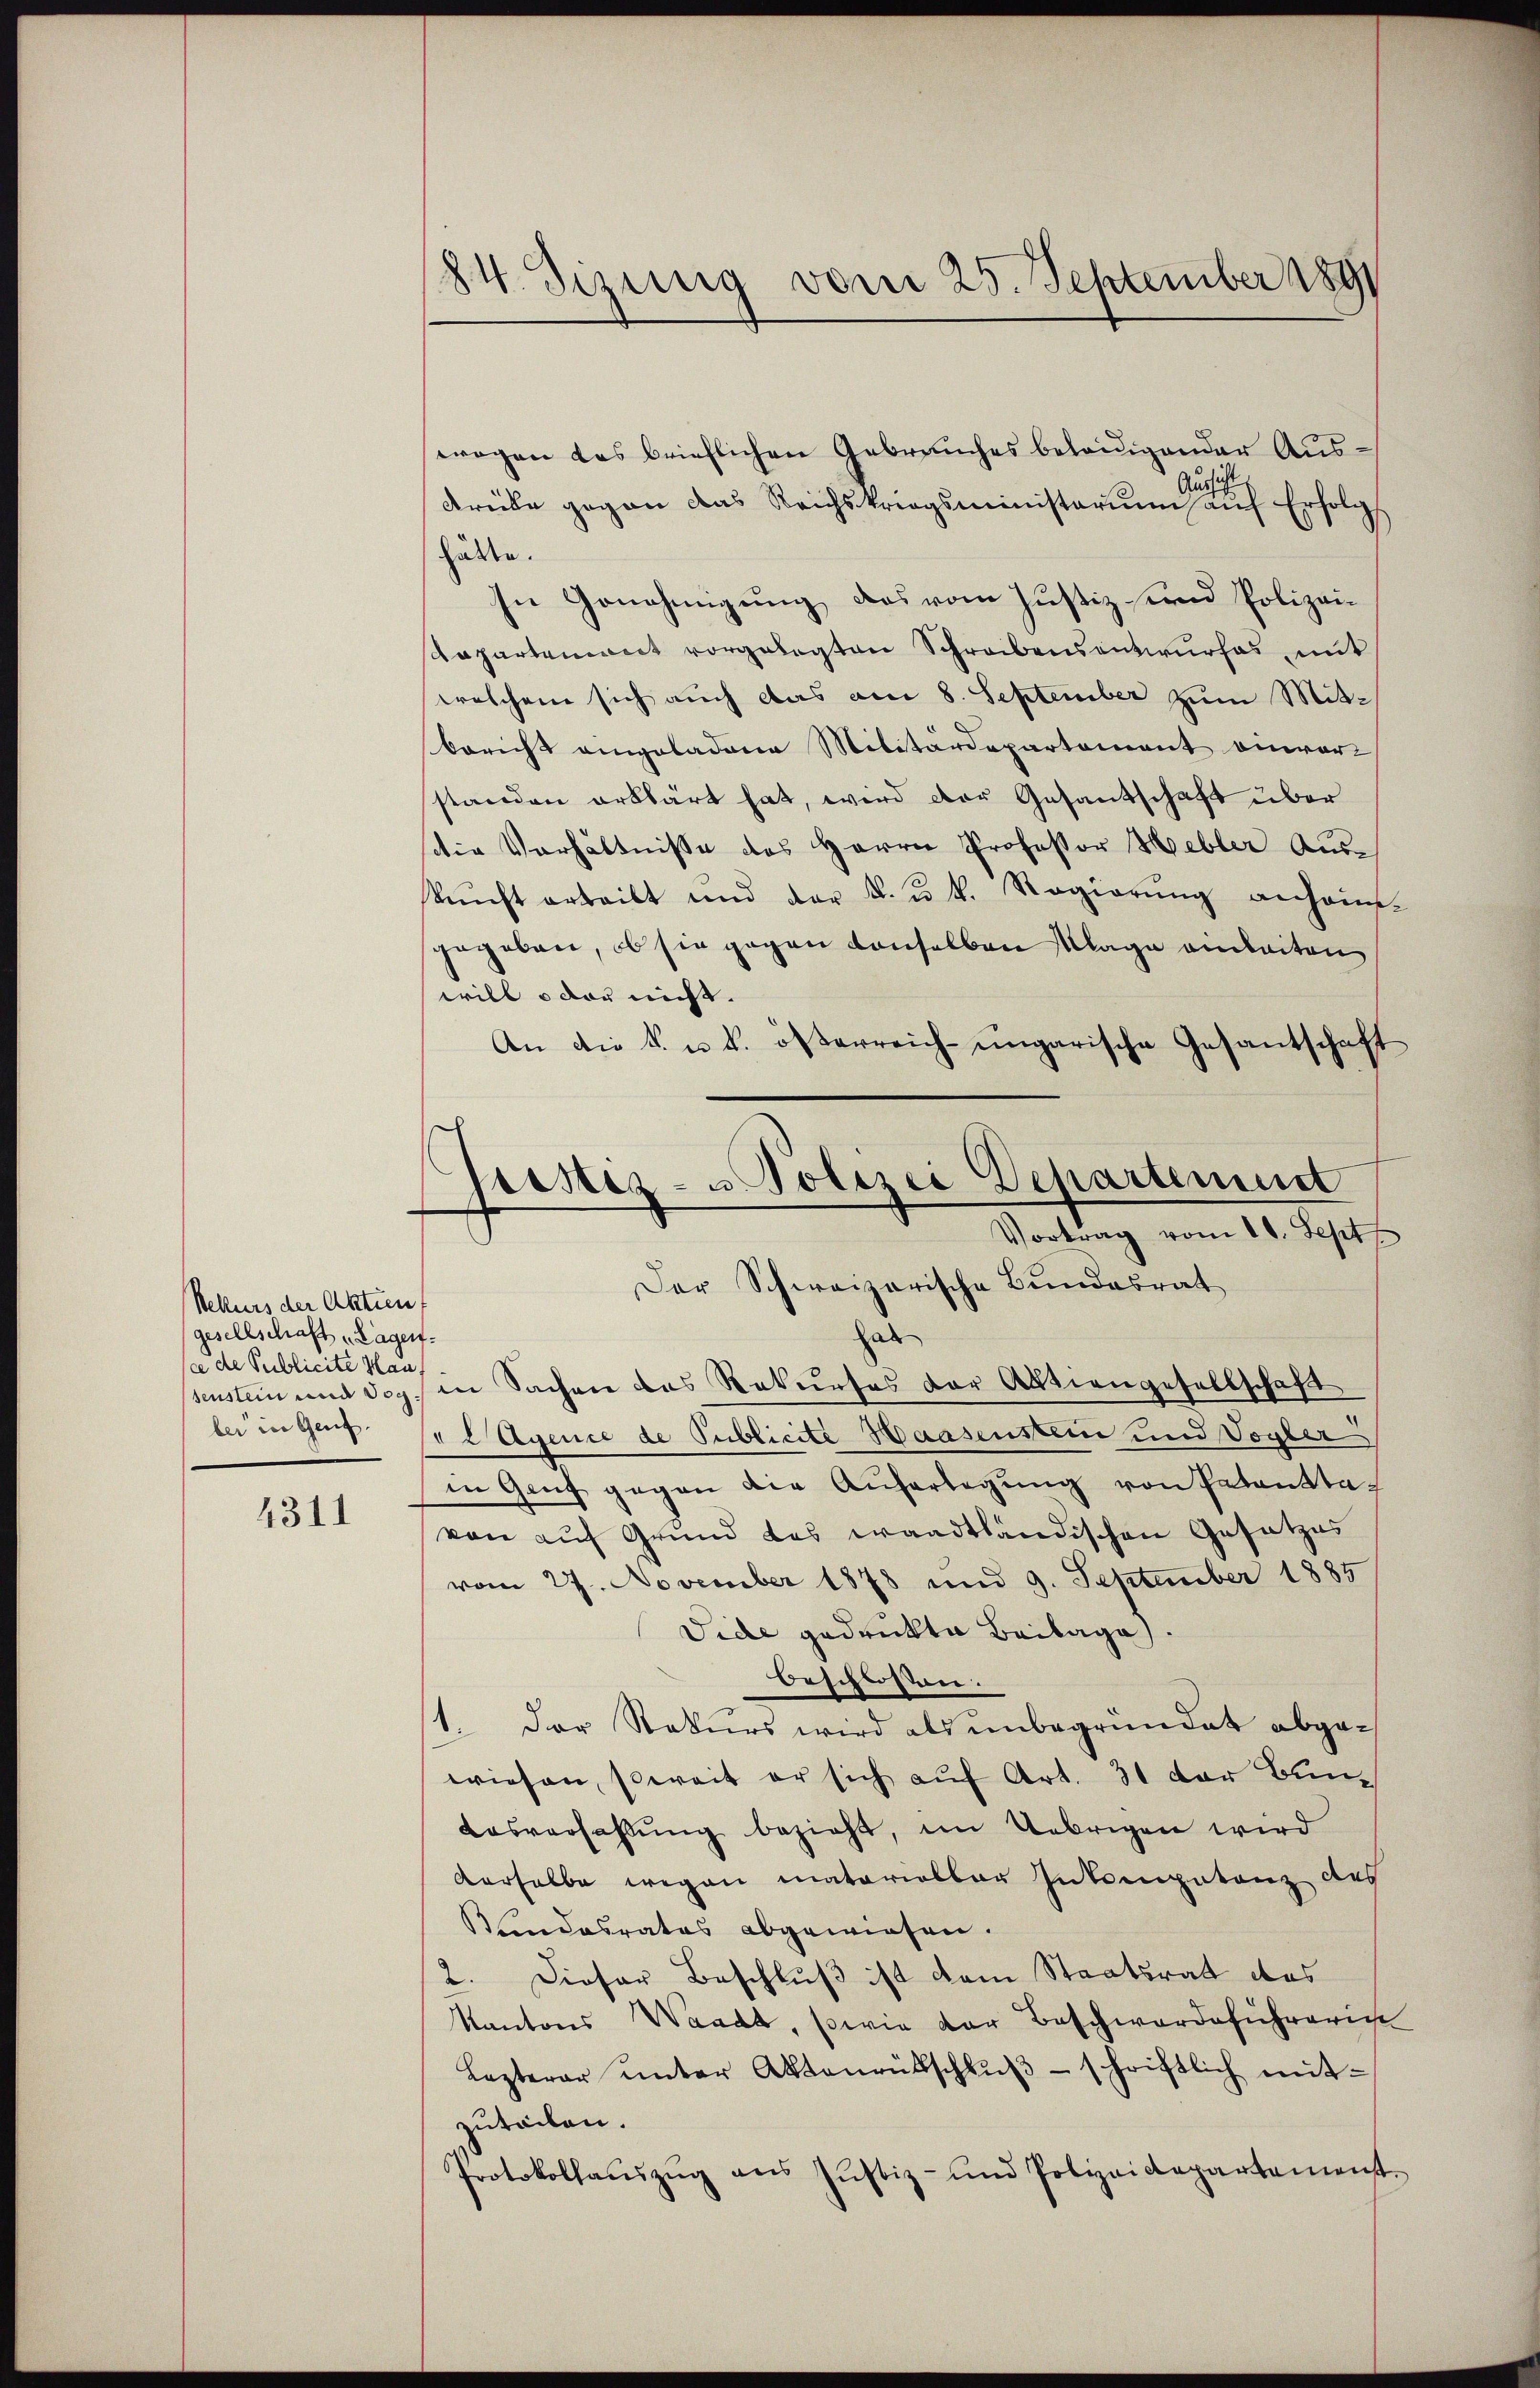
Bellers der Aktien
gesellschaft Lagen.
sce de Publicite Haus
senstein und doch
bei in Genf.

4311

84. Disung vom 25. September 1890

Geistiz- u Polizei Departement
Vortrag vom 10. Sept
Der Schweizerische Bundesrat

wegen das brieflichen Gebrauches belanigender Aususs
Kreise gegen das Reichskriegsministerium auf Erfolg
hätte.
sn Genehmigung, das vom Justiz- und Polizei¬
Rapartement vorgelegten Schreibensentwurfes mit
waschen sich auch das am 8. September zum Mit-
bericht angeladene Militärdepartement einvor-
standen erklärt hat, wird der Gesantschaft über
die Verhältnisse des Herrn Professor Hebler Auskŭnft erteilt und der K. u. k. Regierŭng anhaus-
gegeben, ob sie gegen denselben Klage einleiten
will oder nicht.
An die k. u. k. österreich-ungarische Gesantschaft
hab
in Sachen das Rekurses der Aktiengesellschaft
L Agence de Publicite Baasenstein und Vogter
in Genf gegen die Auferlegŭng von Patanstavon auf Grund das waadtländischen Gesetzes
vom 27. November 1878 und 9. September 1885
Vide gedruckte Beilage.
beschlossen:
1. Der Rekurs wird als ŭnbegründet abge-
wiesen, soweit er sich auf Art. 31 der Bun¬
Aasverfassŭng bezieht, im Uebrigen wird
derselbe wegen matorialber Intenpatenz des
Kindesrates abgewiesen.
2. Dieser Beschluß ist dem Staatsrat das
Kantons Waadt, sowie der Beschwerdeführericht
Lezterer unter Aktenrütschlŭβ - schriftlich mitzuteilen.
Protokollacszŭg ans Jŭstiz- und Polizeidepartement-